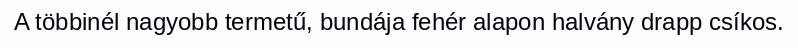
A többinél nagyobb termetű, bundája fehér alapon halvány drapp csíkos.